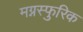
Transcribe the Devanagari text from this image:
मग्नस्फुरिक